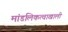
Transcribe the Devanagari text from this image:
मांडलिकत्वाखाली